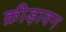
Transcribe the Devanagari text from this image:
क्रीड़ावन